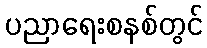
ပညာရေးစနစ်တွင်